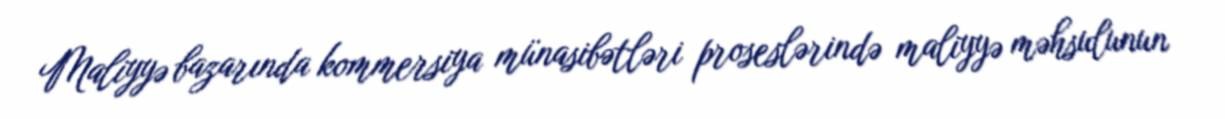
Maliyyə bazarında kommersiya münasibətləri proseslərində maliyyə məhsulunun